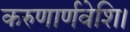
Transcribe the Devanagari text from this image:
करुणार्णवेशि।